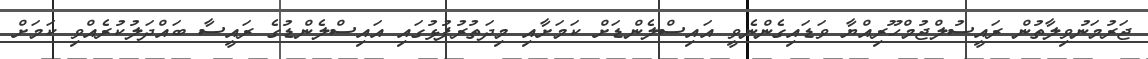
ޖަރުމަނުވިލާތުން ރައީސުލްޖުމްހޫރިއްޔާ ވަޑައިގެންނެވީ އައިސްލެންޑަށް ކަމަށާއި މިދަތުރުފުޅުގައި އައިސްލެންޑުގެ ރައީސާ ބައްދަލުކުރެއްވި ކަމަށް